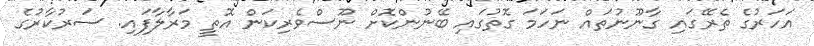
އަހަރުގެ ތެރޭގައި ގާނޫނުތައް ނަހަމަ ގޮތުގައި ބޭނުންކޮށް ނޫސްވެރިކަން އޮތީ މަރާލާފައި. ސަރުކާރުގެ